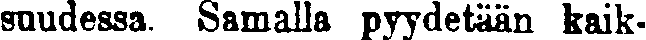
suudessa. Samalla pyydetään kaik-